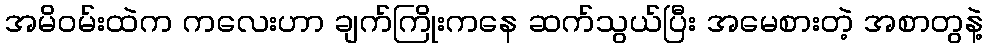
အမိဝမ်းထဲက ကလေးဟာ ချက်ကြိုးကနေ ဆက်သွယ်ပြီး အမေစားတဲ့ အစာတွနဲ့